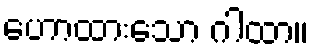
ဟောထားသော ဂါထာ။